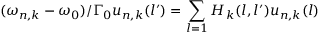
( \omega _ { n , k } - \omega _ { 0 } ) / \Gamma _ { 0 } u _ { n , k } ( l ^ { \prime } ) = \sum _ { l = 1 } H _ { k } ( l , l ^ { \prime } ) u _ { n , k } ( l )